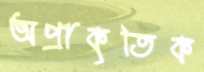
অপ্রাকৃতিক